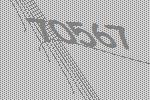
70567